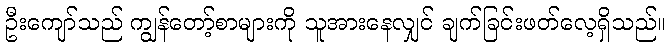
ဦးကျော်သည် ကျွန်တော့်စာများကို သူအားနေလျှင် ချက်ခြင်းဖတ်လေ့ရှိသည်။